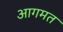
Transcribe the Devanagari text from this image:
आगमत